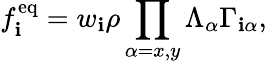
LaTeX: f_{\mathbf{i}}^{\mathrm{{eq}}}=w_{\mathbf{i}}\rho\prod_{\alpha=x,y}\Lambda_{\alpha}\Gamma_{\mathbf{i}\alpha},